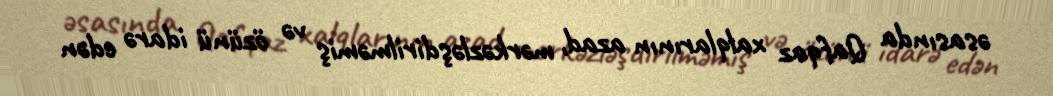
əsasında Qafqaz xalqlarının azad, mərkəzləşdirilməmiş və özünü idarə edən